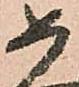
如